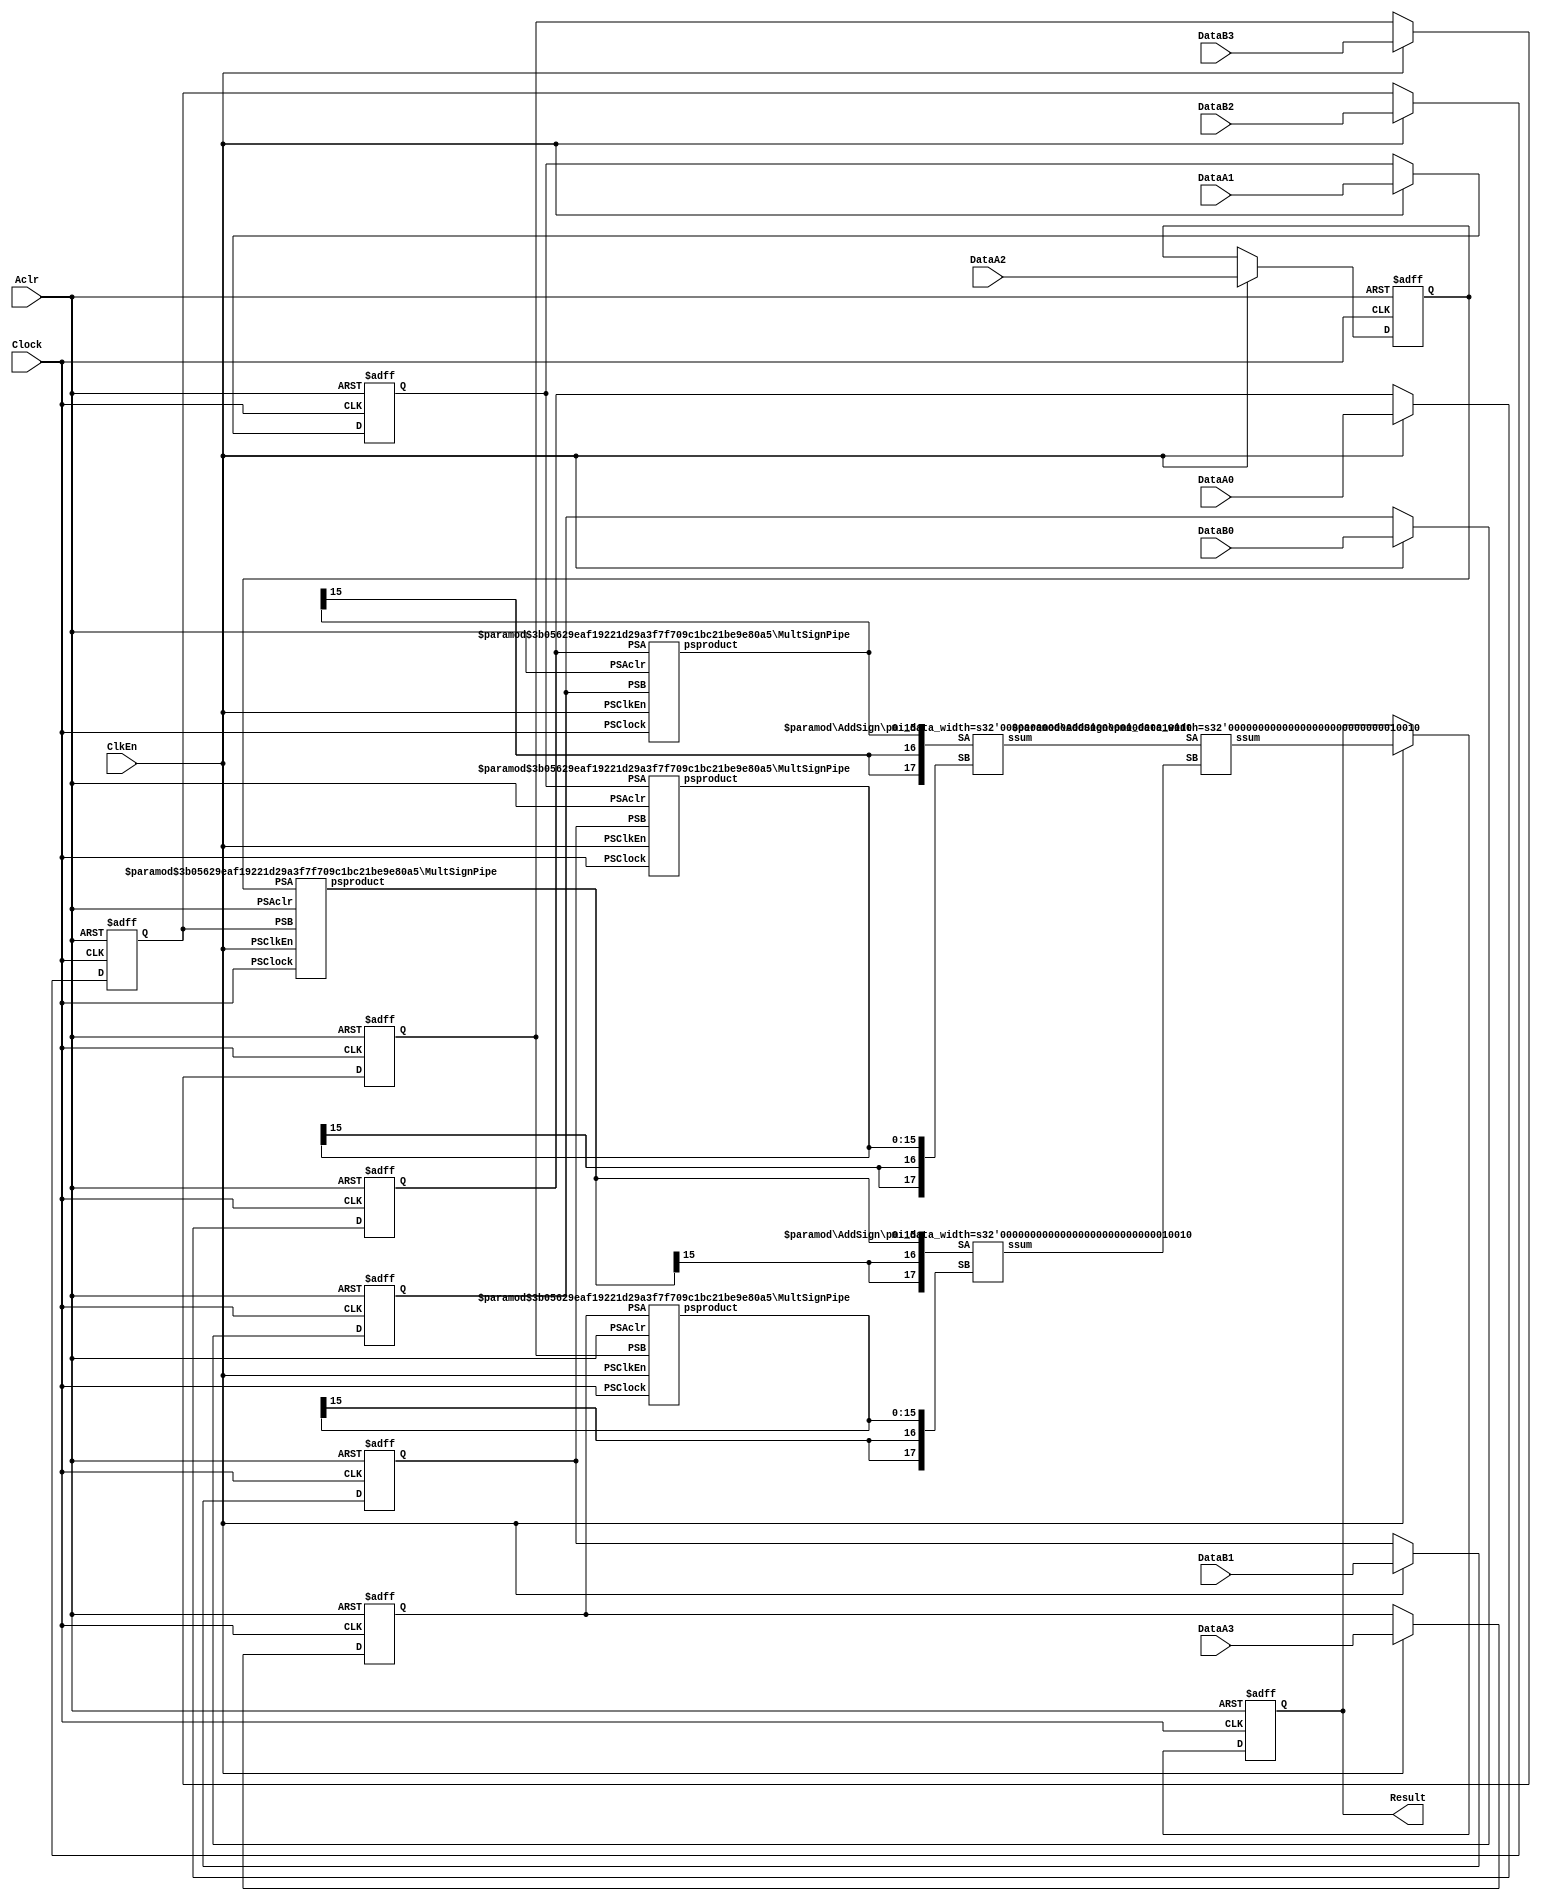
// --------------------------------------------------------------------
// >>>>>>>>>>>>>>>>>>>>>>>>> COPYRIGHT NOTICE <<<<<<<<<<<<<<<<<<<<<<<<<
// --------------------------------------------------------------------
// Copyright (c) 2005-2010 by Lattice Semiconductor Corporation
// --------------------------------------------------------------------
//
//
//                     Lattice Semiconductor Corporation
//                     5555 NE Moore Court
//                     Hillsboro, OR 97214
//                     U.S.A.
//
//                     TEL: 1-800-Lattice  (USA and Canada)
//                          1-408-826-6000 (other locations)
//
//                     web: http://www.latticesemi.com/
//
// --------------------------------------------------------------------
//
// Simulation Library File for PMI MultAddSubSum
//
// Paramater Definition
//Name                           Value                                 Default
/*
------------------------------------------------------------------------------
 pmi_dataa_width              <integer>                                    8
 pmi_datab_width              <integer>                                    8
 pmi_sign                     "on"|"off"                                  "on"
 pmi_additional_pipeline      <integer>                                    1
 pmi_add_sub0                 "add"|"sub"                                 "add"
 pmi_add_sub1                 "add"|"sub"                                 "add"
 pmi_input_reg                "on"|"off"                                  "on"
 pmi_output_reg               "on"|"off"                                  "on"
 pmi_family  "EC"|"XP"|"XP2"|"SC"|"SCM"|"ECP"|"ECP2"|"ECP2M"|"ECP3"|"ECP4"|"XO"|"XO2"|"LPTM"  "EC"
 pmi_implementation           "DSP"|"LUT"                                "LUT"
------------------------------------------------------------------------------
Note: 
 
1. To get a non pipelined multiplier, set pmi_additional_pipeline to 0 and
   tie the ports Aclr and Clock to LO and port ClkEn to HI.

2. To get a pipelined multiplier, set pmi_additional_pipeline to a positive
   integer (desired number of pipelined stages) and make appropriate
   connections to the ports Clock, ClkEn, Aclr.
   
WARNING: Do not change the default parameters in this model. Parameter 
redefinition must be done using defparam or in-line (#) paramater 
redefinition in a top level file that instantiates this model.
 
*/ 
 
// fpga\verilog\pkg\versclibs\data\pmi\pmi_multaddsubsum.v 1.10 31-DEC-2010 08:43:12 IALMOHAN

`timescale 1 ns / 1 ps

module pmi_multaddsubsum #(parameter pmi_dataa_width = 8, 
			   parameter pmi_datab_width = 8,
			   parameter module_type = "pmi_multaddsubsum",
			   parameter pmi_sign = "on",
			   parameter pmi_additional_pipeline = 1,
			   parameter pmi_add_sub0 = "add",
			   parameter pmi_add_sub1 = "add",
			   parameter pmi_input_reg = "on",
			   parameter pmi_output_reg = "on",
			   parameter pmi_family = "EC",
			   parameter pmi_implementation = "LUT")

	      (input   [(pmi_dataa_width-1):0]  DataA0,
	       input   [(pmi_dataa_width-1):0]  DataA1,
	       input   [(pmi_dataa_width-1):0]  DataA2,
	       input   [(pmi_dataa_width-1):0]  DataA3,
	       input   [(pmi_datab_width-1):0]  DataB0,
	       input   [(pmi_datab_width-1):0]  DataB1,
	       input   [(pmi_datab_width-1):0]  DataB2,
	       input   [(pmi_datab_width-1):0]  DataB3,
	       input   Clock, ClkEn, Aclr,
	       output  [(pmi_dataa_width + pmi_datab_width + 1):0]  Result)/*synthesis syn_black_box*/;

//synopsys translate_off
tri0  Aclr_wire;
tri0  Clock_wire;
tri1  ClkEn_wire;
//synopsys translate_on

buf (Aclr_wire, Aclr);
buf (Clock_wire, Clock);
buf (ClkEn_wire, ClkEn);

reg  [(pmi_dataa_width + pmi_datab_width + 1):0]  Result_reg;
assign Result = Result_reg;

reg  [(pmi_dataa_width - 1):0]  DataA0_reg, DataA1_reg, DataA2_reg, DataA3_reg;
reg  [(pmi_datab_width - 1):0]  DataB0_reg, DataB1_reg, DataB2_reg, DataB3_reg;
wire [(pmi_dataa_width + pmi_datab_width - 1):0]  Mult1_out, Mult2_out, Mult3_out, Mult4_out;
//wire [(pmi_dataa_width + pmi_datab_width):0]  Add1_out, Add2_out;
wire [(pmi_dataa_width + pmi_datab_width + 1):0]  Add1_out, Add2_out; //add extra sign/zero extension
wire [(pmi_dataa_width + pmi_datab_width + 1):0]  Result_wire;

initial
begin
   if (pmi_implementation == "DSP")
   begin
      if ( (pmi_family == "SC") || (pmi_family == "SCM") || (pmi_family == "XO") ||
           (pmi_family == "XO2") || (pmi_family == "EC") || (pmi_family == "XP") ||
           (pmi_family == "LPTM") )
      begin
         $display("\nError! The %s family doesn't support DSP implementations.", pmi_family);
         $stop;
      end

      if (pmi_additional_pipeline > 1)
      begin
         $display("\nError! # of PL stages must be 0 or 1 for DSP implementations.");
         $stop;
      end
   end
end

generate
	if (pmi_input_reg == "on")
		always @(posedge Clock_wire or posedge Aclr_wire)
		begin
			if (Aclr_wire == 1'b1)
			begin
				DataA0_reg <= {((pmi_dataa_width)){1'b0}};
				DataA1_reg <= {((pmi_dataa_width)){1'b0}};
				DataA2_reg <= {((pmi_dataa_width)){1'b0}};
				DataA3_reg <= {((pmi_dataa_width)){1'b0}};
				DataB0_reg <= {((pmi_datab_width)){1'b0}};
				DataB1_reg <= {((pmi_datab_width)){1'b0}};
				DataB2_reg <= {((pmi_datab_width)){1'b0}};
				DataB3_reg <= {((pmi_datab_width)){1'b0}};
			end
			else
				if (ClkEn_wire == 1'b1)
				begin
					DataA0_reg <= DataA0;
					DataA1_reg <= DataA1;
					DataA2_reg <= DataA2;
					DataA3_reg <= DataA3;
					DataB0_reg <= DataB0;
					DataB1_reg <= DataB1;
					DataB2_reg <= DataB2;
					DataB3_reg <= DataB3;
				end
		end // always @ (posedge Clock or posedge Aclr)
	else
		always @(DataA0 or DataA1 or DataA2 or DataA3 or DataB0 or DataB1 or DataB2 or DataB3)
		begin
			DataA0_reg <= DataA0;
			DataA1_reg <= DataA1;
			DataA2_reg <= DataA2;
			DataA3_reg <= DataA3;
			DataB0_reg <= DataB0;
			DataB1_reg <= DataB1;
			DataB2_reg <= DataB2;
			DataB3_reg <= DataB3;
		end
endgenerate

generate
	if (pmi_output_reg == "on")
		always @(posedge Clock_wire or posedge Aclr_wire)
		begin
			if (Aclr_wire == 1'b1)
				Result_reg <= {((pmi_dataa_width + pmi_datab_width + 2)){1'b0}};
			else
				if (ClkEn_wire == 1'b1)
					Result_reg <= Result_wire;
		end // always @ (posedge Clock or posedge Aclr)
	else
		always @(Result_wire)
		begin
			Result_reg <= Result_wire;
		end
endgenerate

//pragma translate_off
generate
	if (pmi_sign == "on" && pmi_additional_pipeline == 0)
	begin
		MultSign #(pmi_dataa_width, pmi_datab_width) sign1_inst (.SA(DataA0_reg), .SB(DataB0_reg),
			.sproduct(Mult1_out));
		MultSign #(pmi_dataa_width, pmi_datab_width) sign2_inst (.SA(DataA1_reg), .SB(DataB1_reg),
			.sproduct(Mult2_out));
		MultSign #(pmi_dataa_width, pmi_datab_width) sign3_inst (.SA(DataA2_reg), .SB(DataB2_reg),
			.sproduct(Mult3_out));
		MultSign #(pmi_dataa_width, pmi_datab_width) sign4_inst (.SA(DataA3_reg), .SB(DataB3_reg),
			.sproduct(Mult4_out));
	end
	else if (pmi_sign == "off" && pmi_additional_pipeline == 0)
	begin
		MultUnSign #(pmi_dataa_width, pmi_datab_width) unsign1_inst (.UA(DataA0_reg), .UB(DataB0_reg),
			.uproduct(Mult1_out));
		MultUnSign #(pmi_dataa_width, pmi_datab_width) unsign2_inst (.UA(DataA1_reg), .UB(DataB1_reg),
			.uproduct(Mult2_out));
		MultUnSign #(pmi_dataa_width, pmi_datab_width) unsign3_inst (.UA(DataA2_reg), .UB(DataB2_reg),
			.uproduct(Mult3_out));
		MultUnSign #(pmi_dataa_width, pmi_datab_width) unsign4_inst (.UA(DataA3_reg), .UB(DataB3_reg),
			.uproduct(Mult4_out));
	end
	else if (pmi_sign == "on" && pmi_additional_pipeline != 0)
	begin
		MultSignPipe #(pmi_dataa_width, pmi_datab_width, pmi_additional_pipeline) psign1_inst (
			.PSA(DataA0_reg), .PSB(DataB0_reg), .PSClock(Clock_wire), .PSClkEn(ClkEn_wire),
			.PSAclr(Aclr_wire),.psproduct(Mult1_out));
		MultSignPipe #(pmi_dataa_width, pmi_datab_width, pmi_additional_pipeline) psign2_inst (
			.PSA(DataA1_reg), .PSB(DataB1_reg), .PSClock(Clock_wire), .PSClkEn(ClkEn_wire),
			.PSAclr(Aclr_wire),.psproduct(Mult2_out));
		MultSignPipe #(pmi_dataa_width, pmi_datab_width, pmi_additional_pipeline) psign3_inst (
			.PSA(DataA2_reg), .PSB(DataB2_reg), .PSClock(Clock_wire), .PSClkEn(ClkEn_wire),
			.PSAclr(Aclr_wire),.psproduct(Mult3_out));
		MultSignPipe #(pmi_dataa_width, pmi_datab_width, pmi_additional_pipeline) psign4_inst (
			.PSA(DataA3_reg), .PSB(DataB3_reg), .PSClock(Clock_wire), .PSClkEn(ClkEn_wire),
			.PSAclr(Aclr_wire),.psproduct(Mult4_out));
	end
	else
	begin
		MultUnSignPipe #(pmi_dataa_width, pmi_datab_width, pmi_additional_pipeline) punsign1_inst (
			.PUA(DataA0_reg), .PUB(DataB0_reg), .PUClock(Clock_wire), .PUClkEn(ClkEn_wire),
			.PUAclr(Aclr_wire),.puproduct(Mult1_out));
		MultUnSignPipe #(pmi_dataa_width, pmi_datab_width, pmi_additional_pipeline) punsign2_inst (
			.PUA(DataA1_reg), .PUB(DataB1_reg), .PUClock(Clock_wire), .PUClkEn(ClkEn_wire),
			.PUAclr(Aclr_wire),.puproduct(Mult2_out));
		MultUnSignPipe #(pmi_dataa_width, pmi_datab_width, pmi_additional_pipeline) punsign3_inst (
			.PUA(DataA2_reg), .PUB(DataB2_reg), .PUClock(Clock_wire), .PUClkEn(ClkEn_wire),
			.PUAclr(Aclr_wire),.puproduct(Mult3_out));
		MultUnSignPipe #(pmi_dataa_width, pmi_datab_width, pmi_additional_pipeline) punsign4_inst (
			.PUA(DataA3_reg), .PUB(DataB3_reg), .PUClock(Clock_wire), .PUClkEn(ClkEn_wire),
			.PUAclr(Aclr_wire),.puproduct(Mult4_out));
	end
endgenerate	
//pragma translate_on

//pragma translate_off
generate
/*
	if (pmi_sign == "on")
	begin
		if (pmi_add_sub0 == "add")
			AddSign #(pmi_dataa_width+pmi_datab_width + 1) sign_add1_inst (
				.SA({Mult1_out[pmi_dataa_width+pmi_datab_width-1], Mult1_out}),
				.SB({Mult2_out[pmi_dataa_width+pmi_datab_width-1], Mult2_out}), .ssum(Add1_out));
		else
			SubSign #(pmi_dataa_width+pmi_datab_width + 1) sign_sub1_inst (
				.SA({Mult1_out[pmi_dataa_width+pmi_datab_width-1], Mult1_out}),
				.SB({Mult2_out[pmi_dataa_width+pmi_datab_width-1], Mult2_out}), .ssum(Add1_out));
		if (pmi_add_sub1 == "add")
			AddSign #(pmi_dataa_width+pmi_datab_width + 1) sign_add2_inst (
				.SA({Mult3_out[pmi_dataa_width+pmi_datab_width-1], Mult3_out}),
				.SB({Mult4_out[pmi_dataa_width+pmi_datab_width-1], Mult4_out}), .ssum(Add2_out));
		else
			SubSign #(pmi_dataa_width+pmi_datab_width + 1) sign_sub2_inst (
				.SA({Mult3_out[pmi_dataa_width+pmi_datab_width-1], Mult3_out}),
				.SB({Mult4_out[pmi_dataa_width+pmi_datab_width-1], Mult4_out}), .ssum(Add2_out));
		AddSign #(pmi_dataa_width+pmi_datab_width + 2) sign_add3_inst (
			.SA({Add1_out[pmi_dataa_width+pmi_datab_width], Add1_out}),
			.SB({Add2_out[pmi_dataa_width+pmi_datab_width], Add2_out}), .ssum(Result_wire));
	end
	else
	begin
		if (pmi_add_sub0 == "add")
			AddUnSign #(pmi_dataa_width+pmi_datab_width + 1) unsign_add1_inst (.UA({1'b0, Mult1_out}),
				.UB({1'b0, Mult2_out}), .usum(Add1_out));
		else
			SubUnSign #(pmi_dataa_width+pmi_datab_width + 1) unsign_sub1_inst (.UA({1'b0, Mult1_out}),
				.UB({1'b0, Mult2_out}), .usum(Add1_out));
		if (pmi_add_sub1 == "add")
			AddUnSign #(pmi_dataa_width+pmi_datab_width + 1) unsign_add2_inst (.UA({1'b0, Mult3_out}),
				.UB({1'b0, Mult4_out}), .usum(Add2_out));
		else
			SubUnSign #(pmi_dataa_width+pmi_datab_width + 1) unsign_sub2_inst (.UA({1'b0, Mult3_out}),
				.UB({1'b0, Mult4_out}), .usum(Add2_out));
		AddUnSign #(pmi_dataa_width+pmi_datab_width + 2) unsign_add3_inst (.UA({1'b0, Add1_out}),
			.UB({1'b0, Add2_out}), .usum(Result_wire));
	end
*/
// Add extra sign/zero extension to allow consistency with hardware for *illegal* unsigned subtractions
	if (pmi_sign == "on")
	begin
		if (pmi_add_sub0 == "add")
			AddSign #(pmi_dataa_width+pmi_datab_width + 2) sign_add1_inst (
				.SA({{2{Mult1_out[pmi_dataa_width+pmi_datab_width-1]}}, Mult1_out}),
				.SB({{2{Mult2_out[pmi_dataa_width+pmi_datab_width-1]}}, Mult2_out}), .ssum(Add1_out));
		else
			SubSign #(pmi_dataa_width+pmi_datab_width + 2) sign_sub1_inst (
				.SA({{2{Mult1_out[pmi_dataa_width+pmi_datab_width-1]}}, Mult1_out}),
				.SB({{2{Mult2_out[pmi_dataa_width+pmi_datab_width-1]}}, Mult2_out}), .ssum(Add1_out));
		if (pmi_add_sub1 == "add")
			AddSign #(pmi_dataa_width+pmi_datab_width + 2) sign_add2_inst (
				.SA({{2{Mult3_out[pmi_dataa_width+pmi_datab_width-1]}}, Mult3_out}),
				.SB({{2{Mult4_out[pmi_dataa_width+pmi_datab_width-1]}}, Mult4_out}), .ssum(Add2_out));
		else
			SubSign #(pmi_dataa_width+pmi_datab_width + 2) sign_sub2_inst (
				.SA({{2{Mult3_out[pmi_dataa_width+pmi_datab_width-1]}}, Mult3_out}),
				.SB({{2{Mult4_out[pmi_dataa_width+pmi_datab_width-1]}}, Mult4_out}), .ssum(Add2_out));
		AddSign #(pmi_dataa_width+pmi_datab_width + 2) sign_add3_inst (
			.SA(Add1_out), .SB(Add2_out), .ssum(Result_wire));
	end
	else
	begin
		if (pmi_add_sub0 == "add")
			AddUnSign #(pmi_dataa_width+pmi_datab_width + 2) unsign_add1_inst (
				.UA({2'b00, Mult1_out}), .UB({2'b00, Mult2_out}), .usum(Add1_out));
		else
			SubUnSign #(pmi_dataa_width+pmi_datab_width + 2) unsign_sub1_inst (
				.UA({2'b00, Mult1_out}), .UB({2'b00, Mult2_out}), .usum(Add1_out));
		if (pmi_add_sub1 == "add")
			AddUnSign #(pmi_dataa_width+pmi_datab_width + 2) unsign_add2_inst (
				.UA({2'b00, Mult3_out}), .UB({2'b00, Mult4_out}), .usum(Add2_out));
		else
			SubUnSign #(pmi_dataa_width+pmi_datab_width + 2) unsign_sub2_inst (
				.UA({2'b00, Mult3_out}), .UB({2'b00, Mult4_out}), .usum(Add2_out));
		AddUnSign #(pmi_dataa_width+pmi_datab_width + 2) unsign_add3_inst (
			.UA(Add1_out), .UB(Add2_out), .usum(Result_wire));
	end
endgenerate	
//pragma translate_on
endmodule

//SubModules

`ifndef PMI_MULT_SUPPORT
`define PMI_MULT_SUPPORT

module MultSign 
  #(parameter pmi_dataa_width = 8, 
    parameter pmi_datab_width = 8,
    parameter module_type = "Mult")
   (input   signed [(pmi_dataa_width-1):0]  SA,
    input   signed [(pmi_datab_width-1):0]  SB,
    output  signed [(pmi_dataa_width + pmi_datab_width - 1):0]  sproduct)/*synthesis syn_black_box*/; 
//synopsys translate_off
   assign   sproduct = SA * SB;
//synopsys translate_on
endmodule

module MultUnSign 
  #(parameter pmi_dataa_width = 8, 
    parameter pmi_datab_width = 8,
    parameter module_type = "Mult")
   (input   [(pmi_dataa_width-1):0]  UA,
    input   [(pmi_datab_width-1):0]  UB,
    output  [(pmi_dataa_width + pmi_datab_width - 1):0]  uproduct)/*synthesis syn_black_box*/; 
//synopsys translate_off
assign uproduct = UA * UB;
//synopsys translate_on
endmodule

module MultUnSignPipe 
  #(parameter pmi_dataa_width = 8, 
    parameter pmi_datab_width = 8,
    parameter pmi_pl = 1,
    parameter module_type = "Mult")
   (input   [(pmi_dataa_width-1):0]  PUA,
    input   [(pmi_datab_width-1):0]  PUB,
    input   PUClock, PUClkEn, PUAclr,
    output  [(pmi_dataa_width + pmi_datab_width - 1):0]  puproduct)/*synthesis syn_black_box*/;
//synopsys translate_off       
wire [(pmi_dataa_width + pmi_datab_width - 1):0] pg = PUA * PUB;
   
reg  [(pmi_dataa_width + pmi_datab_width - 1):0] p_pipe[pmi_pl-1:0];
   
integer 	 i, j;

initial begin
	for (i = 0; i <= pmi_pl-1; i = i + 1)	  
		p_pipe[i][(pmi_dataa_width + pmi_datab_width - 1):0] <= {((pmi_dataa_width + pmi_datab_width)){1'b0}};
end

always @(posedge PUClock or posedge PUAclr)
begin
	if (PUAclr == 1'b1)
	begin
		for (i = 0; i <= pmi_pl-1; i = i + 1)	  
			p_pipe[i][(pmi_dataa_width + pmi_datab_width - 1):0] <= {((pmi_dataa_width + pmi_datab_width)){1'b0}};
	end
	else
		if (PUClkEn == 1'b1) 
		begin
			p_pipe[0][(pmi_dataa_width + pmi_datab_width - 1):0] <= pg;
			for (j = 0; j <= pmi_pl-2; j = j + 1)
				p_pipe[j+1][(pmi_dataa_width + pmi_datab_width - 1):0] <= p_pipe[j][(pmi_dataa_width + pmi_datab_width - 1):0];
		end
end // always @ (posedge Clock or posedge Aclr)
   
assign puproduct = p_pipe[pmi_pl-1];
//synopsys translate_on
endmodule

module MultSignPipe 
  #(parameter pmi_dataa_width = 8, 
    parameter pmi_datab_width = 8,
    parameter pmi_pl = 1,
    parameter module_type = "Mult")
    (input signed [(pmi_dataa_width-1):0]  PSA,
     input signed  [(pmi_datab_width-1):0]  PSB,
     input 	PSClock, PSClkEn, PSAclr,
     output signed [(pmi_dataa_width + pmi_datab_width - 1):0]  psproduct)/*synthesis syn_black_box*/;
//synopsys translate_off       
wire signed [(pmi_dataa_width + pmi_datab_width - 1):0] pg = PSA * PSB;
   
reg signed [(pmi_dataa_width + pmi_datab_width - 1):0] p_pipe[pmi_pl-1:0];
   
integer 	 i, j;

initial begin
	for (i = 0; i <= pmi_pl-1; i = i + 1)	  
		p_pipe[i][(pmi_dataa_width + pmi_datab_width - 1):0] <= {((pmi_dataa_width + pmi_datab_width)){1'b0}};
end

always @(posedge PSClock or posedge PSAclr)
begin
	if (PSAclr == 1'b1)
	begin
		for (i = 0; i <= pmi_pl-1; i = i + 1)	  
			p_pipe[i][(pmi_dataa_width + pmi_datab_width - 1):0] <= {((pmi_dataa_width + pmi_datab_width)){1'b0}};
	end
	else
		if (PSClkEn == 1'b1) 
		begin
			p_pipe[0][(pmi_dataa_width + pmi_datab_width - 1):0] <= pg;
			for (j = 0; j <= pmi_pl-2; j = j + 1)
				p_pipe[j+1][(pmi_dataa_width + pmi_datab_width - 1):0] <= p_pipe[j][(pmi_dataa_width + pmi_datab_width - 1):0];
		end
end // always @ (posedge Clock or posedge Aclr)
   
assign psproduct = p_pipe[pmi_pl-1];
//synopsys translate_on
endmodule

`endif //PMI_MULT_SUPPORT

`ifndef PMI_ADDSUB_SUPPORT
`define PMI_ADDSUB_SUPPORT

module AddSign 
  #(parameter pmi_data_width = 8, 
    parameter module_type = "Add")
   (input   signed [(pmi_data_width-1):0]  SA,
    input   signed [(pmi_data_width-1):0]  SB,
    output  signed [(pmi_data_width - 1):0]  ssum)/*synthesis syn_black_box*/; 
//synopsys translate_off
   assign   ssum = SA + SB;
//synopsys translate_on
endmodule

module AddUnSign 
  #(parameter pmi_data_width = 8, 
    parameter module_type = "Add")
   (input   [(pmi_data_width-1):0]  UA,
    input   [(pmi_data_width-1):0]  UB,
    output  [(pmi_data_width - 1):0]  usum)/*synthesis syn_black_box*/; 
//synopsys translate_off
assign usum = UA + UB;
//synopsys translate_on
endmodule

module SubSign 
  #(parameter pmi_data_width = 8, 
    parameter module_type = "Sub")
   (input   signed [(pmi_data_width-1):0]  SA,
    input   signed [(pmi_data_width-1):0]  SB,
    output  signed [(pmi_data_width - 1):0]  ssum)/*synthesis syn_black_box*/; 
//synopsys translate_off
   assign   ssum = SA - SB;
//synopsys translate_on
endmodule

module SubUnSign 
  #(parameter pmi_data_width = 8, 
    parameter module_type = "Sub")
   (input   [(pmi_data_width-1):0]  UA,
    input   [(pmi_data_width-1):0]  UB,
    output  [(pmi_data_width - 1):0]  usum)/*synthesis syn_black_box*/; 
//synopsys translate_off
assign usum = UA - UB;
//synopsys translate_on
endmodule

`endif //PMI_ADDSUB_SUPPORT